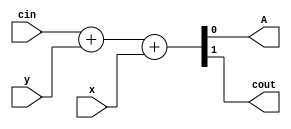
module fulladder(
    input x,
    input y,
    input cin,
    
    output A, 
    output cout 
);
     assign {cout,A} =  cin + y + x;
 
endmodule